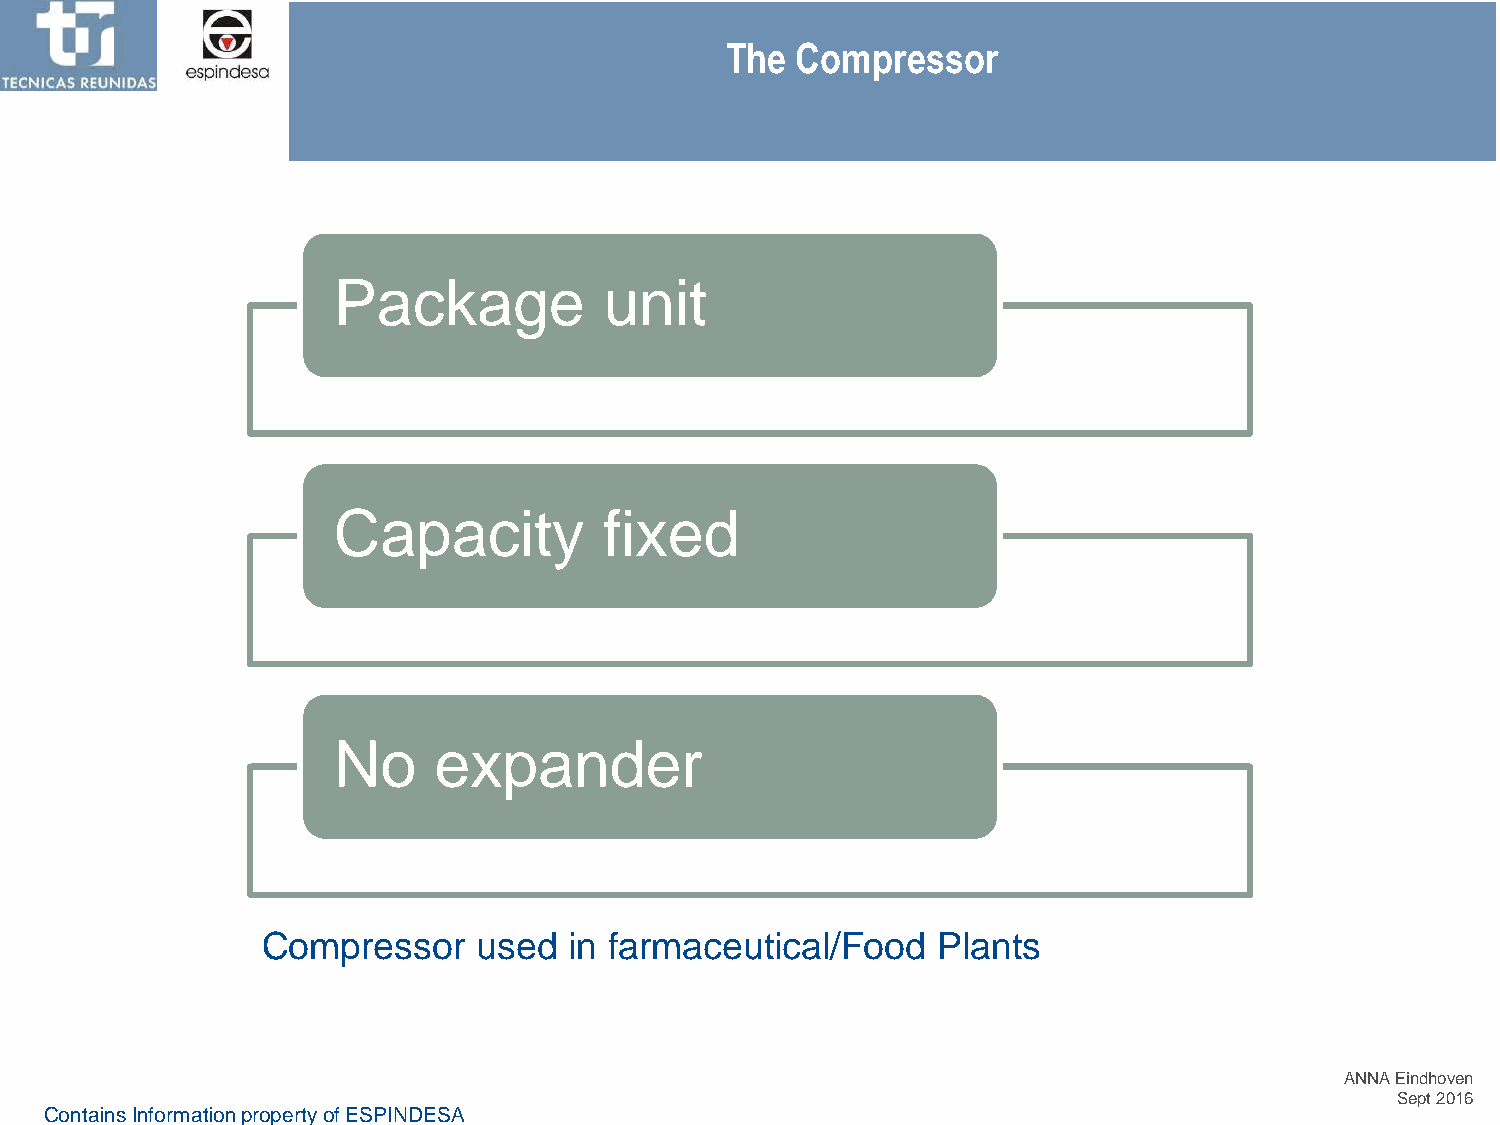
The  Compressor
 Package           unit
 Capacity          fixed
 No     expander
 Compressor     used  in farmaceutical/Food   Plants
 ANNA Eindhoven
 Sept 2016
 ContainsInformation propertyof ESPINDESA